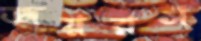
জয়রস